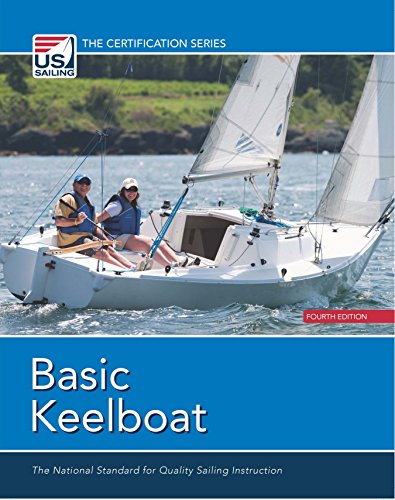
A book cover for Basic Keelboat: The National Standard for Quality Sailing Instruction (The Certification Series); Sports & Outdoors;